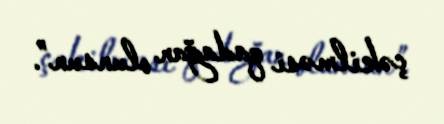
çəkilməsi qadağan olunsun”.